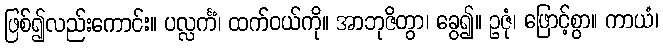
ဖြစ်၍လည်းကောင်း။ ပလ္လင်္ကံ၊ ထက်ဝယ်ကို။ အာဘုဇိတွာ၊ ခွေ၍။ ဥဇုံ၊ ဖြောင့်စွာ။ ကာယံ၊